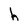
Character: h